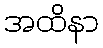
အထိနာ